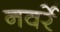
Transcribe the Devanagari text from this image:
नवर्रे